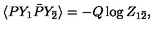
\langle P Y _ { 1 } \bar { P } Y _ { \bar { 2 } } \rangle = - Q \log Z _ { 1 \bar { 2 } } ,